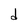
Character: d